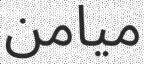
ميامن